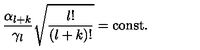
\frac { \alpha _ { l + k } } { \gamma _ { l } } \sqrt { \frac { l ! } { ( l + k ) ! } } = \mathrm { c o n s t } .